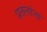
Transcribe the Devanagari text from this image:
प्रतलांना